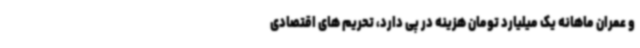
و عمران ماهانه یک میلیارد تومان هزینه در پی دارد، تحریم های اقتصادی